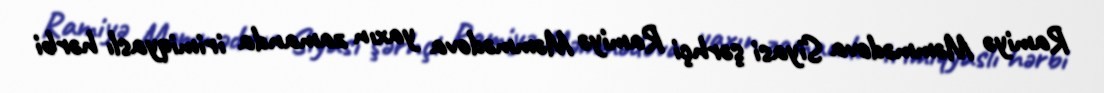
Ramiyə Məmmədova Siyasi şərhçi Ramiyə Məmmədova yaxın zamanda irimiqyaslı hərbi